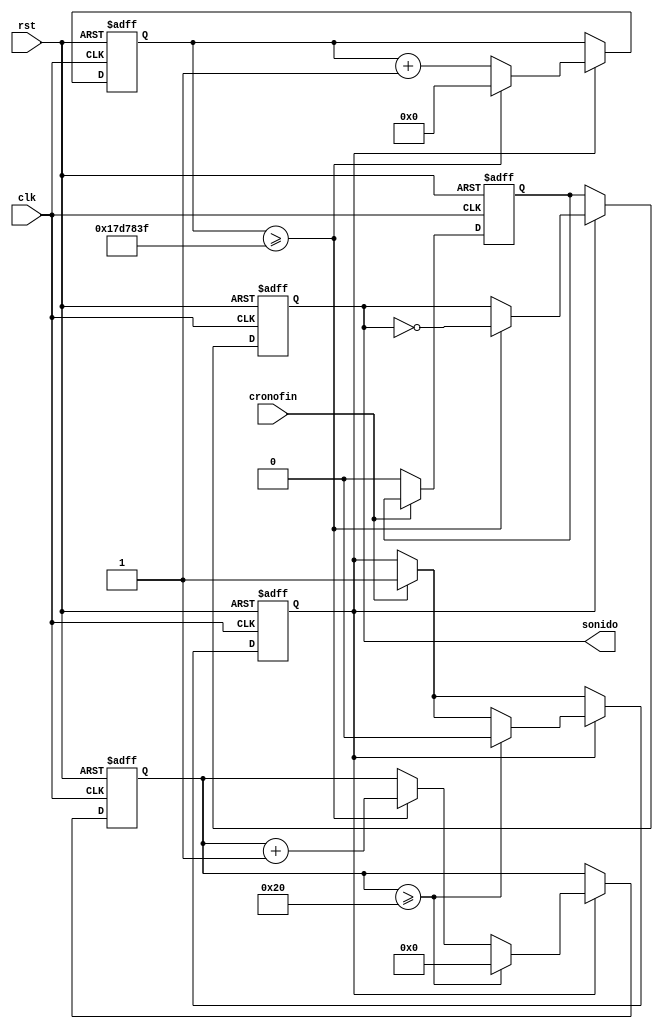
`timescale 1ns / 1ps
//////////////////////////////////////////////////////////////////////////////////
// Company: 
// Engineer: 
// 
// Design Name: 
// Module Name:    Audio 
// Project Name: 
// Target Devices: 
// Tool versions: 
// Description: 
//
// Dependencies: 
//
// Revision: 
// Revision 0.01 - File Created
// Additional Comments: 
//
//////////////////////////////////////////////////////////////////////////////////
module Audio(
    input clk, rst,
	 input cronofin,
	 output reg sonido
	 );
	 
	 localparam contador = 25'd24999999;
	 reg [24:0] cuenta;
	 reg [5:0] totalcuent;
	 reg estado, estado_sig;
	 
	 always @(posedge clk, posedge rst)
	 begin
		if (rst)
		begin
			cuenta <= 24'd0;
			totalcuent <= 6'd0;
			sonido <= 0;
			estado<=0;
			estado_sig<=1;
		end
		else
		begin
			if (cronofin) estado<=1; 
			else estado_sig<=0;
			if (estado)
			begin
				if (cuenta>=contador) begin 
				cuenta <= 24'd0; 
				sonido <= ~sonido; 
				totalcuent <= totalcuent + 6'd1; end
				else cuenta <= cuenta + 24'd1;
				if (totalcuent >= 6'd32) begin totalcuent <=6'd0; estado <=0; end
			end
			
			else sonido <= estado_sig;
		end
	end 

endmodule